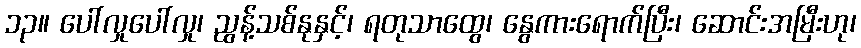
၁၃။ ပေါ်လှုပေါ်လှု၊ ညွန့်သစ်နုနှင့်၊ ရတုသာထွေ၊ နွေကားရောက်ပြီး၊ ဆောင်းအမြီးဟု၊